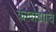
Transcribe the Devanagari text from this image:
करदोड्याचे